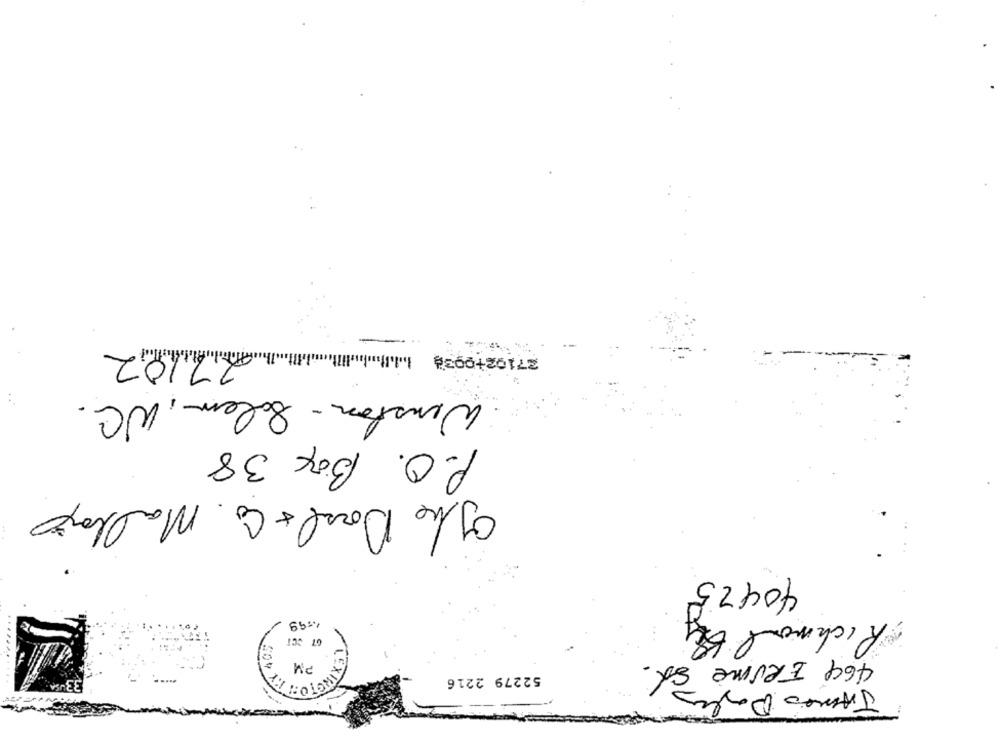
27/02
27102+003# 1.1.
Winston - Salem, WC.
P.O. Box 38
Ile Doral & Co. Mallajo
40425
1.599
Richmond
07 CCI
PM
464 ERUne St.
52279 2216
LEXIN
James Daslas